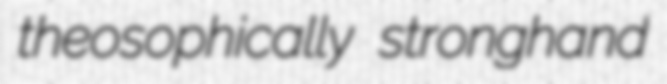
theosophically stronghand